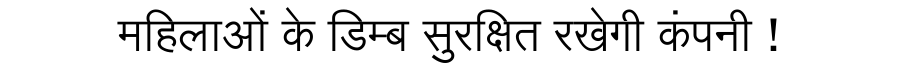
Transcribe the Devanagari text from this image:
महिलाओं के डिम्ब सुरक्षित रखेगी कंपनी !